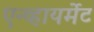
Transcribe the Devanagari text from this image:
एन्व्हायर्मेट